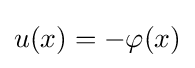
u(x)=-\varphi (x)